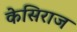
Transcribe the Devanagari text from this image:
केसिराज